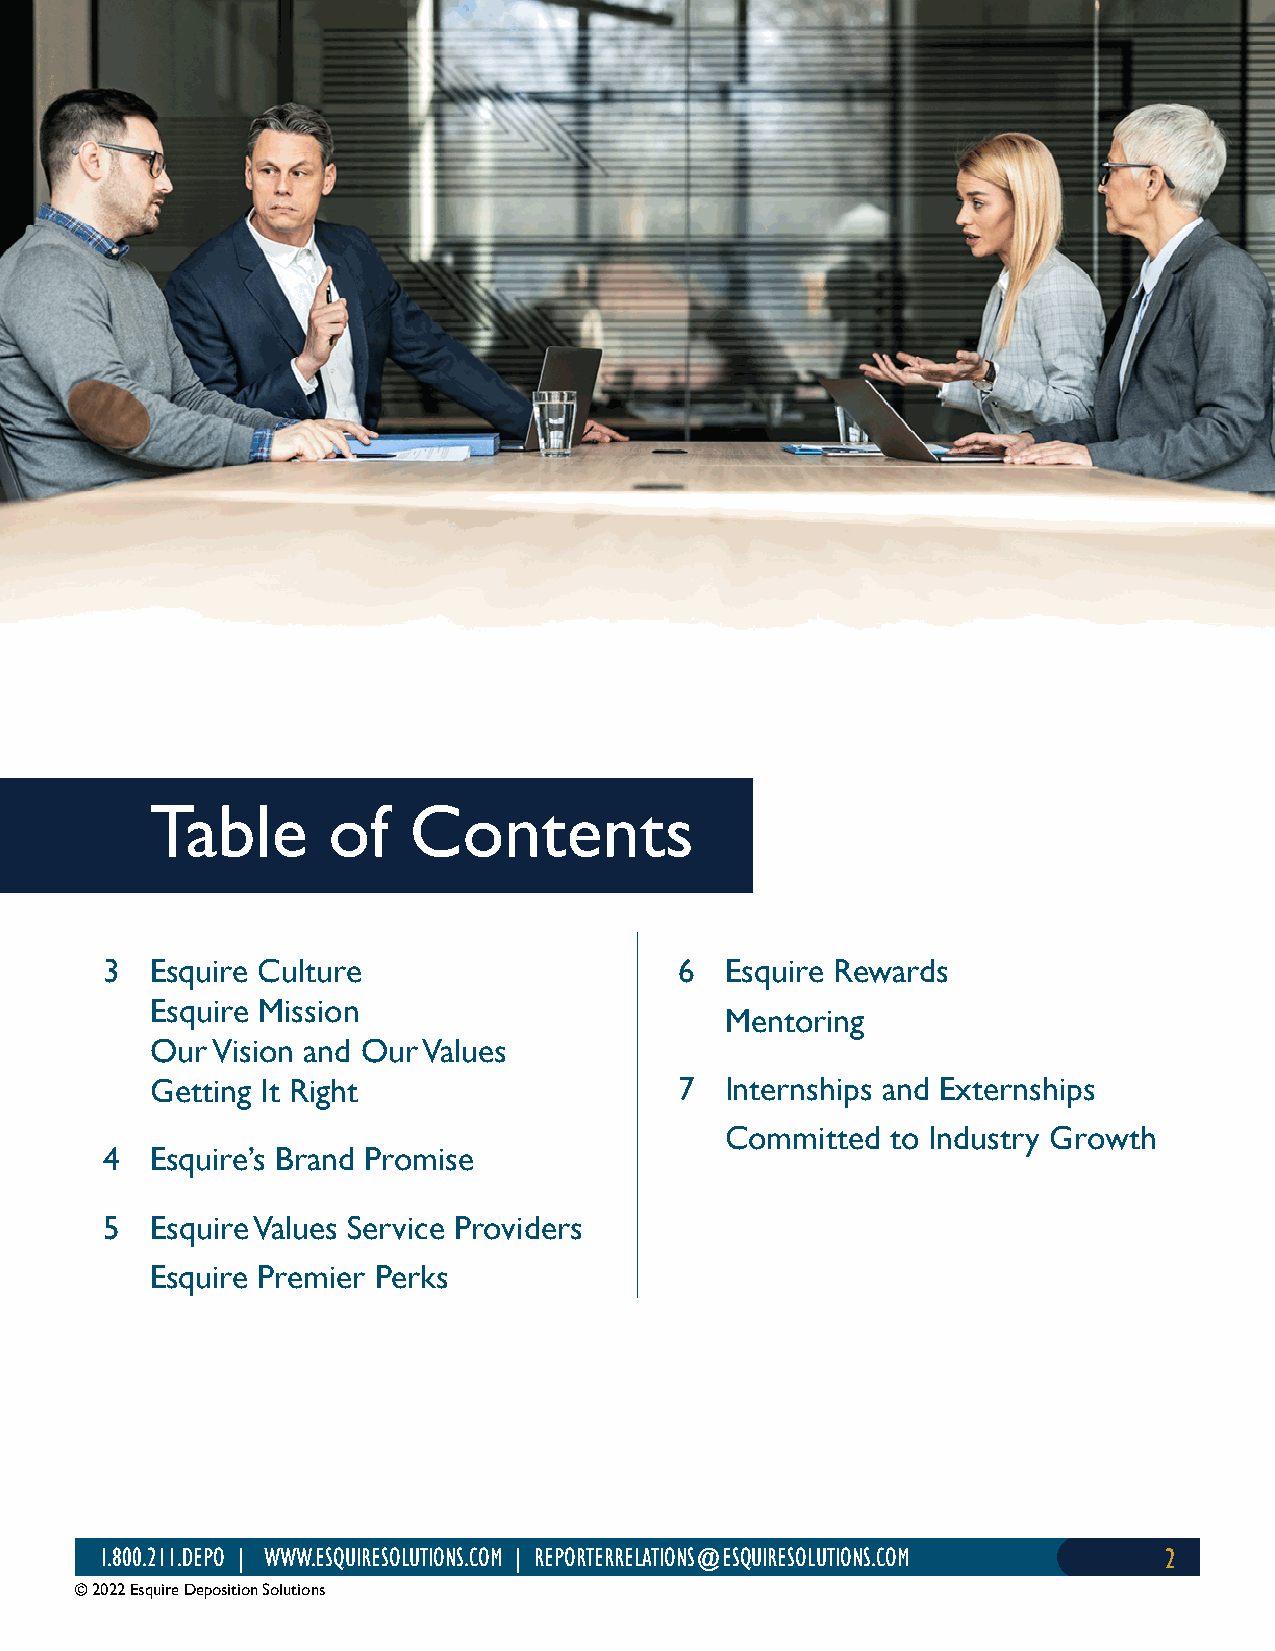
Table       of   Contents
 3  Esquire Culture                    6  Esquire Rewards
 Esquire Mission
 Mentoring
 Our Vision and Our Values
 Getting It Right                   7  Internships and Externships
 Committed  to Industry Growth
 4  Esquire’s Brand Promise
 5  Esquire Values Service Providers
 Esquire Premier Perks
 1.800.211.DEPO | WWW.ESQUIRESOLUTIONS.COM | REPORTERRELATIONS@ESQUIRESOLUTIONS.COM 2
 © 2022 Esquire Deposition Solutions